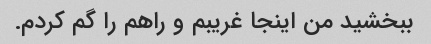
ببخشید من اینجا غریبم و راهم را گم کردم.